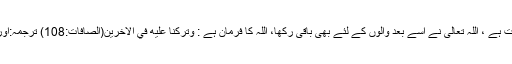
قربانی کی فضیلت: قربانی ابراہیم علیہ السلام کی سنت ہے ، اللہ تعالی نے اسے بعد والوں کے لئے بھی باقی رکھا، اللہ کا فرمان ہے : وَتَرَكْنَا عَلَيْهِ فِي الْاٰخِرِيْنَ(الصافات:108) ترجمہ:اور ہم نے اس (چلن) کو بعد والوں کے لئے باقی رکھا۔